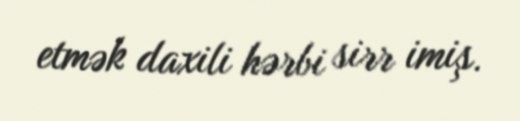
etmək daxili hərbi sirr imiş.